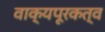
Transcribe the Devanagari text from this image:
वाक्यपूरकत्व